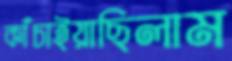
কাঁচাইয়াছিলাম